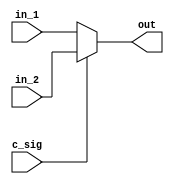
`timescale 1ns / 1ps

module mux_2(in_1,in_2,c_sig,out);
input [4:0] in_1;
input [4:0] in_2;
input c_sig;
output reg [4:0] out;

always @(c_sig) begin
      out = c_sig ? in_2 : in_1;
end

endmodule